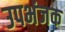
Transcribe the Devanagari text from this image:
उपभंजक